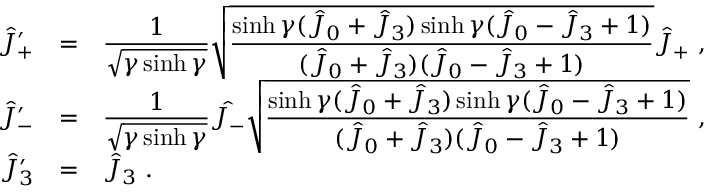
\begin{array} { r c l } { { \hat { J } _ { + } ^ { \prime } } } & { { = } } & { { \displaystyle \frac { 1 } { \sqrt { \gamma \sinh \gamma } } \sqrt { \displaystyle \frac { \sinh \gamma ( \hat { J } _ { 0 } + \hat { J } _ { 3 } ) \sinh \gamma ( \hat { J } _ { 0 } - \hat { J } _ { 3 } + 1 ) } { ( \hat { J } _ { 0 } + \hat { J } _ { 3 } ) ( \hat { J } _ { 0 } - \hat { J } _ { 3 } + 1 ) } } \hat { J } _ { + } ~ , } } \\ { { \hat { J } _ { - } ^ { \prime } } } & { { = } } & { { \displaystyle \frac { 1 } { \sqrt { \gamma \sinh \gamma } } \hat { J _ { - } } \sqrt { \displaystyle \frac { \sinh \gamma ( \hat { J } _ { 0 } + \hat { J } _ { 3 } ) \sinh \gamma ( \hat { J } _ { 0 } - \hat { J } _ { 3 } + 1 ) } { ( \hat { J } _ { 0 } + \hat { J } _ { 3 } ) ( \hat { J } _ { 0 } - \hat { J } _ { 3 } + 1 ) } } ~ , } } \\ { { \hat { J } _ { 3 } ^ { \prime } } } & { { = } } & { { \hat { J } _ { 3 } ~ . } } \end{array}